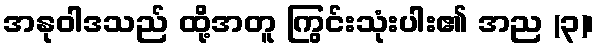
အနုဝါဒသည် ထို့အတူ ကြွင်းသုံးပါး၏ အည (၃)၊